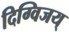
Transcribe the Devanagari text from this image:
दिग्विजय्